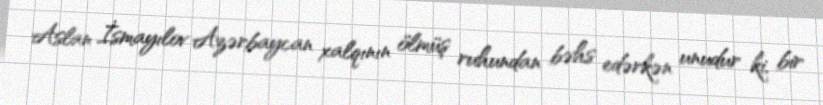
Aslan İsmayılov Azərbaycan xalqının ölmüş ruhundan bəhs edərkən unudur ki, bir